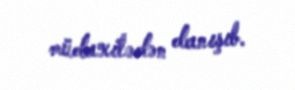
müdaxilədən danışıb.